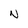
Character: N